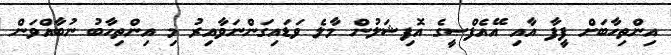
އިންތިހާބަށް ފީފާ އާއި އޭއެފްސީގެ އޮފިޝަލުން މާލެ ވަޑައިގަންނަވާއިރު މި އިންތިހާބު ނުބާއްވަން